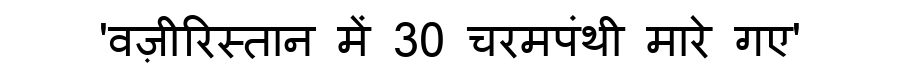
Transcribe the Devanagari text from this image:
'वज़ीरिस्तान में 30 चरमपंथी मारे गए'